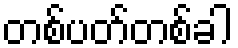
တစ်ပတ်တစ်ခါ